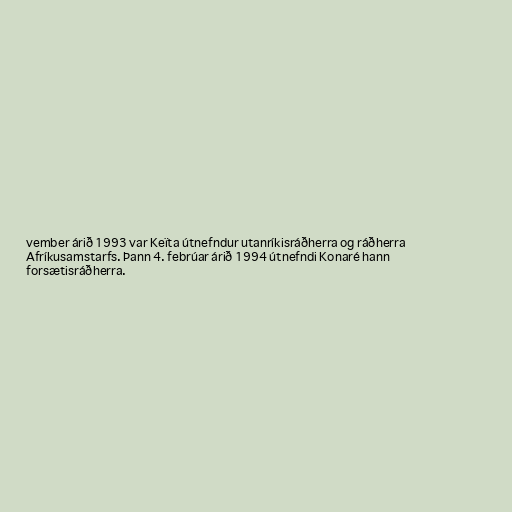
vember árið 1993 var Keïta útnefndur utanríkisráðherra og ráðherra
Afríkusamstarfs. Þann 4. febrúar árið 1994 útnefndi Konaré hann
forsætisráðherra.